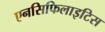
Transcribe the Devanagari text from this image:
एनसिफिलाइटिस